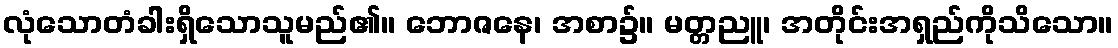
လုံသောတံခါးရှိသောသူမည်၏။ ဘောဇနေ၊ အစာ၌။ မတ္တညူ၊ အတိုင်းအရှည်ကိုသိသော။